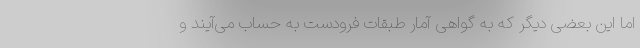
اما این بعضی دیگر که به گواهی آمار طبقات فرودست به حساب می‌آیند و